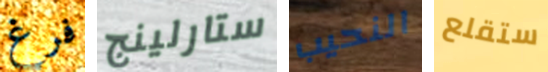
فرغ ستارلينج النحيب ستقلع